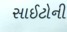
સાઈટોની